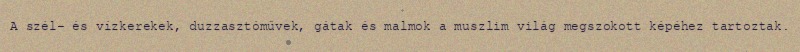
A szél- és vízkerekek, duzzasztóművek, gátak és malmok a muszlim világ megszokott képéhez tartoztak.